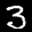
Label: 3